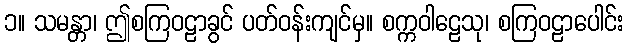
၁။ သမန္တာ၊ ဤစကြဝဠာခွင် ပတ်ဝန်းကျင်မှ။ စက္ကဝါဠေသု၊ စကြဝဠာပေါင်း